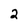
Character: 2